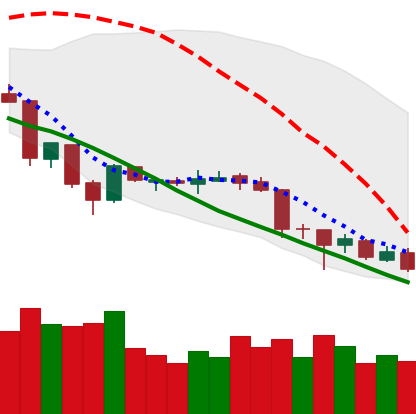
Ticker: XLM-USD
Chart end date: 2018-06-28
Forward return: 15.291%
Label: up_7plus